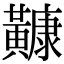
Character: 𪏢